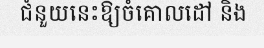
ជំនួយនេះឱ្យចំគោលដៅ និង